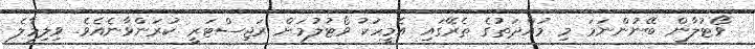
ވޯޓުލާން ބޭނުންނަމަ މި މުއްދަތުގެ ތެރޭގައި އެމީހަކު ވޯޓުލުމަށް ރަޖިސްޓަރީ ކުރަންވާނެއެވެ. ވިލިމާލެ